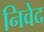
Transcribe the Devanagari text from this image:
निवेद